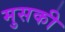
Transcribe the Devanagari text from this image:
मुसकी